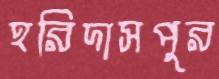
হরিদাসপুর